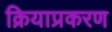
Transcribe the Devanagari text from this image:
क्रियाप्रकरण